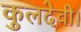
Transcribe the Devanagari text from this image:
कुलदेवी।